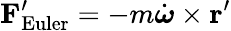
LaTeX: \mathbf{F}_{\mathrm{Euler}}^{\prime}=-m{\dot{\boldsymbol{\omega}}}\times\mathbf{r}^{\prime}